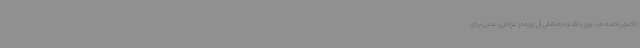
تاکنون ادامه دارد. وی با اشاره به نقش آل بویه در عزاداری علنی برای